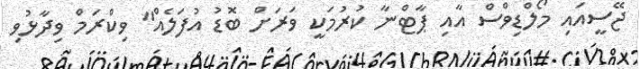
ޖޭސީއައި މޯލްޑިވްސް އާއި ޕާޓްނާ ކުރުމަކީ ވަރަށް ބޮޑު އުފަލެއް" ވިކްރަމް ވިދާޅުވި